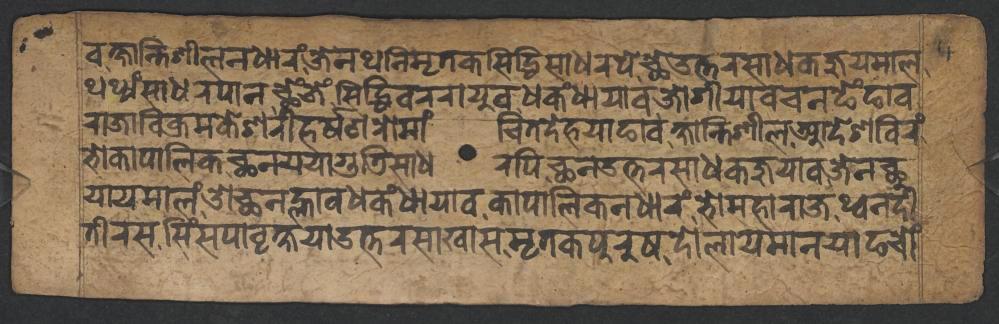
𑐰𑐎𑑂𑐲𑐵𑐣𑑂𑐟𑐶𑐱𑐷𑐮𑐣𑐢𑐵𑐬𑑄,𑐖𑐾𑐣𑐠𑐣𑐶𑐩𑐺𑐟𑐎𑐳𑐶𑐡𑑂𑐢𑐶𑐳𑐵𑐢𑐬𑐥𑐾,𑐕𑐾𑐄𑐟𑑂𑐟𑐬𑐳𑐵𑐢𑐎𑐖𑐸𑐫𑐩𑐵𑐮, 𑐠𑐠𑑂𑐫𑑄𑐳𑐵𑐢𑐬𑐥𑐵𑐣𑐕𑐾𑑄𑐖𑐾𑑄𑐳𑐶𑐡𑑂𑐢𑐶𑐰𑐬𑐬𑐵𑐫𑐸𑐰𑐢𑐎𑑄𑐢𑐵𑐫𑐵𑐰𑐖𑑀𑐐𑐷𑐫𑐵𑐧𑐔𑐣𑐒𑐾𑑄𑐒𑐵𑐰 𑐬𑐵𑐖𑐵𑐧𑐶𑐎𑑂𑐬𑐩𑐎𑐾𑐱𑐬𑐷𑐴𑐬𑑂𑐲𑐞𑐬𑑀𑐩𑐵𑑄𑐔𑐶𑐟𑐡𑐾𑐴𑐫𑐵𑐒𑐵𑐰𑐎𑑂𑐲𑐵𑐣𑑂𑐟𑐶𑐱𑐷𑐮𑐁𑐡𑐾𑐱𑐧𑐶𑐬𑑄 𑐨𑑀𑐎𑐵𑐥𑐵𑐮𑐶𑐎𑐕𑐣𑐫𑐫𑐵𑐐𑐸𑐜𑐶𑐳𑐵𑐢𑐬𑐥𑐶,𑐕𑐣𑑁𑐟𑑂𑐟𑐬𑐳𑐵𑐢𑐎𑐖𑐸𑐫𑐵𑐰𑐖𑐾𑐣𑐕𑐸 𑐫𑐵𑐫𑐩𑐵𑐮𑑄,𑐌𑐕𑐣𑐮𑑂𑐴𑐵𑐰𑐢𑐎𑑄𑐢𑐵𑐫𑐵𑐰𑐎𑐵𑐥𑐵𑐮𑐶𑐎𑐣𑐢𑐵𑐬𑑄,𑐨𑑀𑐩𑐴𑐵𑐬𑐵𑐖𑐠𑑂𑐰𑐣𑐡𑐷 𑐟𑐷𑐬𑐳𑐳𑐶𑑄𑐳𑐥𑐵𑐰𑐺𑐎𑑂𑐲𑐫𑐵𑐄𑐟𑑂𑐟𑐬𑐳𑐵𑐏𑐵𑐳𑐩𑐺𑐟𑐎𑐥𑐸𑐬𑐸𑐲𑐡𑑀𑐮𑐵𑐫𑐩𑐵𑐣𑐫𑐵𑐒𑐔𑑀𑑄